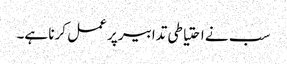
سب نے احتیاطی تدابیر پر عمل کرنا ہے۔